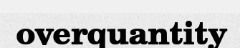
overquantity